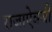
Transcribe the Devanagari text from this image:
राजाएेवजी